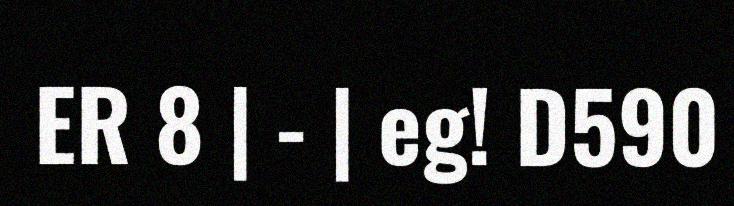
ER 8 | - | eg! D590